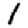
Digit: 1